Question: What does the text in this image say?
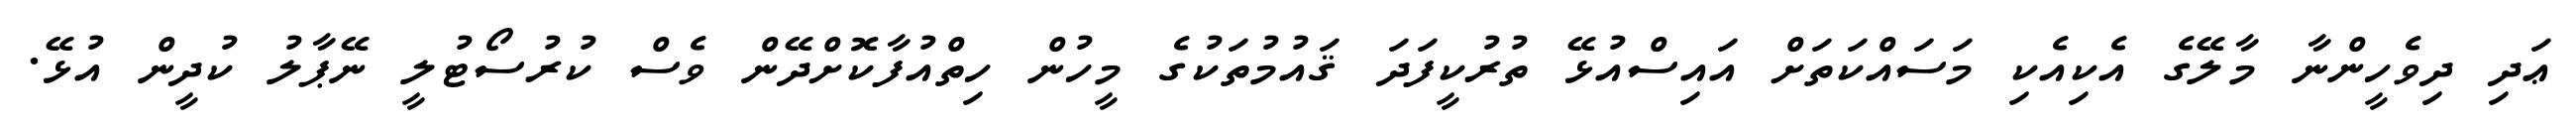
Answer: ޢަދި ދިވެހީންނާ މާލޭގެ އެކިއެކި މަސައްކަތަށް އައިސްއުޅޭ ތުރުކީފަދަ ޤައުމުތަކުގެ މީހުން ހިތްއުފާކޮށްދޭން ވެސް ކުރުސޯޓުލީ ނޭޕާލު ކުދީން އުޅޭ.